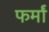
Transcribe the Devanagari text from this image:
फर्मां